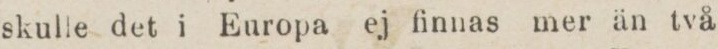
skulle det i Europa ej finnas mer än två